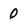
Character: 0